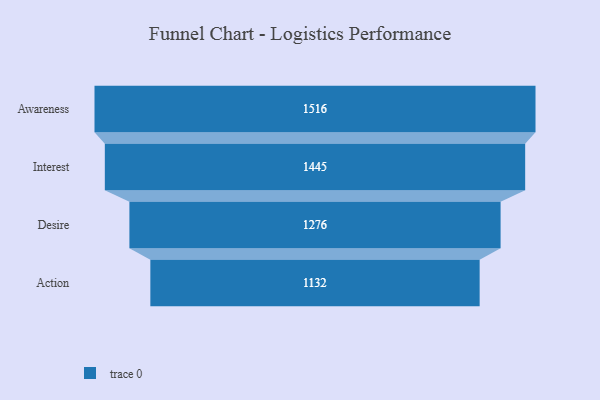
{"axis": {"x": "Stage", "y": "Value"}, "legend": [""], "data": [{"x": "Awareness", "y": 1516.0, "type": ""}, {"x": "Interest", "y": 1445.0, "type": ""}, {"x": "Desire", "y": 1276.0, "type": ""}, {"x": "Action", "y": 1132.0, "type": ""}]}